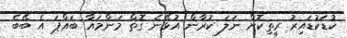
ކުޑަކުޑައިރު ރީތިކޮށް ނަލަ ކުރާން އުޅޭނެ ގޮތް މަންމައާ ބައްޕަ އެ ބޭބެ